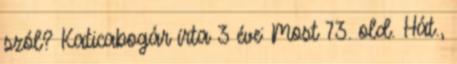
szól? Katicabogár írta 3 éve: Most 73. old. Hát.,